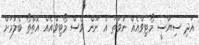
އަދި ސިޔާސީ މޯޓިވްއެއް ނުވަތަ އެ ނޫން ވެސް މޯޓިވްއެއް އޮތްތޯ ބެލުމަށް